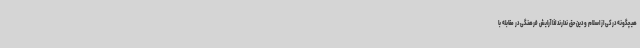
هیچگونه درکی از اسلام و دین حق ندارند لذا آرایش فرهنگی در مقابله با